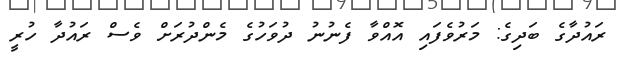
ރައުދާގެ ބަދިގެ: މަރުވެފައި އޮއްވާ ފެނުނު ދުވަހުގެ މެންދުރަށް ވެސް ރައުދާ ހުރީ